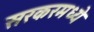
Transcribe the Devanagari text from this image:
सरकरमध्ये